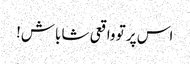
اس پر تو واقعی شاباش!